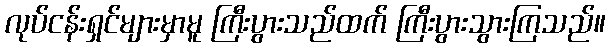
လုပ်ငန်းရှင်များမှာမူ ကြီးပွားသည်ထက် ကြီးပွားသွားကြသည်။